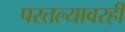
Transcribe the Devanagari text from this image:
परतल्यावरही